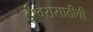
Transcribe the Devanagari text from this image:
ईश्वरासाठीची